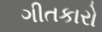
ગીતકારો